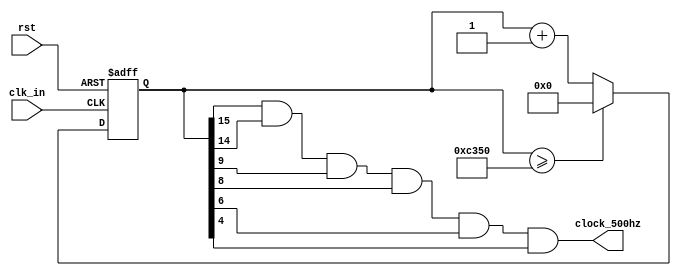
`timescale 1us / 100ps
/////////////////////////////////////////////////
// Company:  CSULB Student
// 
// Design Name: 
// Module Name:    clk_500Hz.v
// Project Name: 
//			CECS 301 Lab One
// Target Devices:
//       Spartan 3E 
// Tool versions: 
// Description: 
//				
// Dependencies: 
//				500 Hz has a period of 2 ms (2^9 ps)
//          
// Revision: 
// Revision 0.01 - File Created
// Additional Comments: 
//
/////////////////////////////////////////////////
module clk_500Hz(clk_in, rst, clock_500hz);
	input clk_in; // is the 50 MHz clock from board
	input rst;
   // clock divide to 500 Hz or .5 MHz
	// the clock on spartan 3e is 50 MHz
	// dividing by 20 will get .5 MHz
	// 50000000 Hz / 500 Hz = 100 000 / 2 = 50000
	output clock_500hz;
	wire clock_500hz;  // debounced clock
	reg [15:0] y; // counter 50000 = b 1100 0011 0101 0000
	
	// clock out gets high when these bits all "and" to one
	// the value of 50000 in binary
	assign clock_500hz = 
	y[15] && y[14] && y[9] && y[8] && y[6] && y[4]; 
	
	// required to set the counter to zero on start up every time 
	// it should start at zero, otherwise it will be high impedence
	initial begin
	y = 0;  
   end	
	
	always@(posedge clk_in, posedge rst)
	begin
		if(rst)
				y = 0; // rst counter
		else if(y >= 50000) y = 0;
		else  // count pos edge of input clk
				y = (y + 1'b1); // increament counter
	end
	
	
endmodule